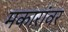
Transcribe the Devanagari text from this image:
मकारांवर